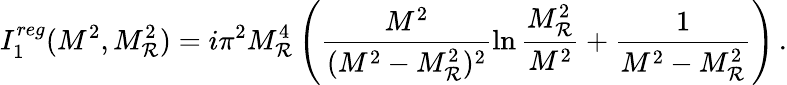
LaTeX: I_{1}^{reg}(M^{2},M_{\mathcal{R}}^{2})=i\pi^{2}M_{\mathcal{R}}^{4}\left(\frac{{M^{2}}}{{(M^{2}-M_{\mathcal{R}}^{2})^{2}}}\ln\frac{{M_{\mathcal{R}}^{2}}}{{M^{2}}}+\frac{{1}}{{M^{2}-M_{\mathcal{R}}^{2}}}\right)\, .